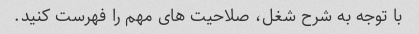
با توجه به شرح شغل، صلاحیت های مهم را فهرست کنید.